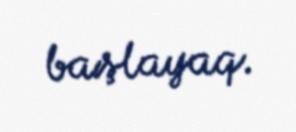
başlayaq.